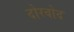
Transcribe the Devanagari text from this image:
दोरवोद